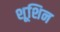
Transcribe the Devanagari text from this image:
शूशिन